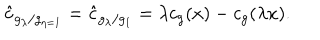
\hat { c } _ { g _ { \lambda } / g _ { \eta = 1 } } = \hat { c } _ { g _ { \lambda } / g _ { 1 } } = \lambda c _ { g } ( x ) - c _ { g } ( \lambda x ) .